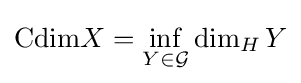
\mathrm {Cdim} X=\inf _{Y\in {\mathcal {G}}}\dim _{H}Y